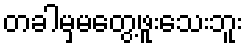
တခါမှမတွေ့ဖူးသေးဘူး